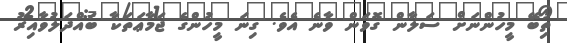
ތިބޭ މީހުންނަށް ސަލާން ގޮވަން ވާނެ އެވެ. ގިނަ މީހުންގެ ޖަމާޢަތަކާ ބައްދަލުވާއިރު